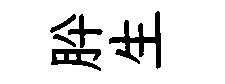
肸生